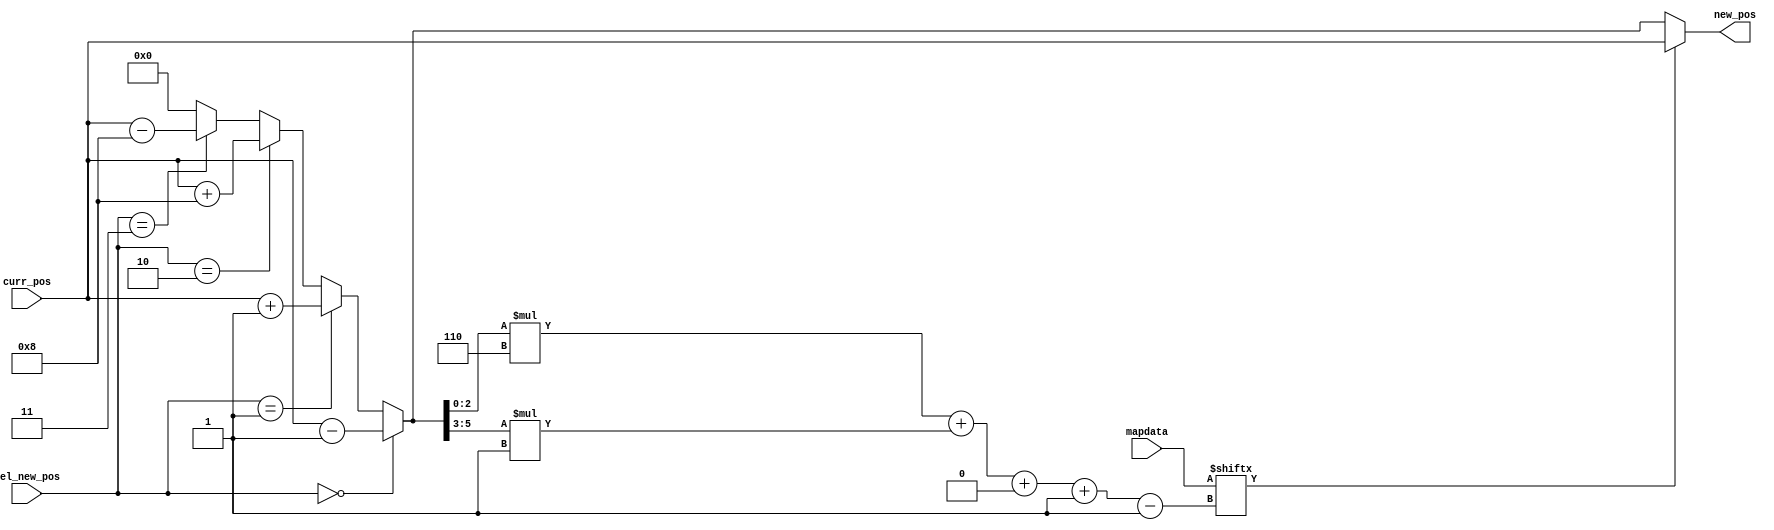
/*
   This file was generated automatically by the Mojo IDE version B1.3.6.
   Do not edit this file directly. Instead edit the original Lucid source.
   This is a temporary file and any changes made to it will be destroyed.
*/

module matrix_decoder_4 (
    input [5:0] curr_pos,
    input [35:0] mapdata,
    input [2:0] sel_new_pos,
    output reg [5:0] new_pos
  );
  
  
  
  reg [5:0] temp_pos;
  
  reg out;
  
  always @* begin
    if (sel_new_pos == 1'h0) begin
      temp_pos = curr_pos - 6'h01;
    end else begin
      if (sel_new_pos == 1'h1) begin
        temp_pos = curr_pos + 6'h01;
      end else begin
        if (sel_new_pos == 2'h2) begin
          temp_pos = curr_pos + 6'h08;
        end else begin
          if (sel_new_pos == 2'h3) begin
            temp_pos = curr_pos - 6'h08;
          end else begin
            temp_pos = 6'h00;
          end
        end
      end
    end
    out = mapdata[(temp_pos[0+2-:3])*6+(temp_pos[3+2-:3])*1+0-:1];
    new_pos = out ? curr_pos : temp_pos;
  end
endmodule